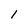
Character: 1